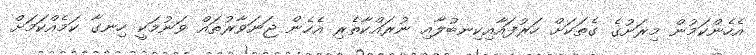
އެހެންކަމުން މިރަށުގެ ގެތަކަށް ހަރުފައާއިކިނބުލާއި ނުރައްކާތެރި އެހެން ޖަނަވާރުތައް ވަނުމަކީ ހިނގާ ކަމެއްކަމަށް